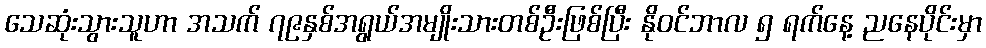
သေဆုံးသွားသူဟာ အသက် ၇၉နှစ်အရွယ်အမျိုးသားတစ်ဦးဖြစ်ပြီး နိုဝင်ဘာလ ၅ ရက်နေ့ ညနေပိုင်းမှာ